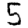
Digit: 5